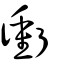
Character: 𢖜